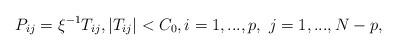
LaTeX: \begin{align*} P_{ij}=\xi^{-1} T_{ij}, |T_{ij}| < C_0, i=1,..., p, \ j=1,..., N-p,\end{align*}